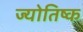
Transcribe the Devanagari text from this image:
ज्योतिष्क